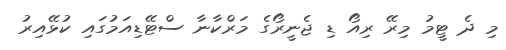
މި ދެ ޓީމު މިރޭ ރިއޯ ޑި ޖެނީރޯގެ މަރްކާނާ ސްޓޭޑިއަމުގައި ކުޅޭއިރު